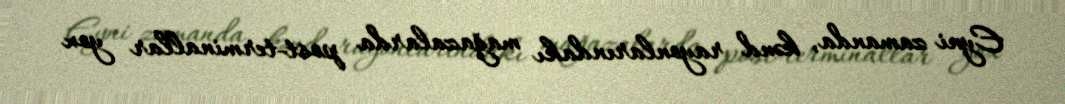
Eyni zamanda, kənd rayonlarındakı mağazalarda post-terminallar yox